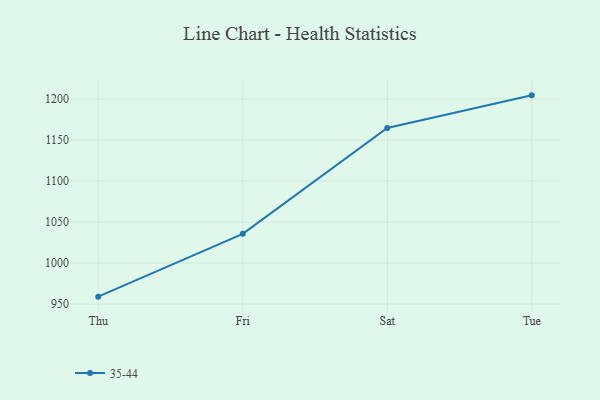
{"axis": {"x": "Day", "y": "Production Output"}, "legend": ["35-44"], "data": [{"x": "Thu", "y": 959.1, "type": "35-44"}, {"x": "Fri", "y": 1035.6, "type": "35-44"}, {"x": "Sat", "y": 1164.7, "type": "35-44"}, {"x": "Tue", "y": 1204.4, "type": "35-44"}]}